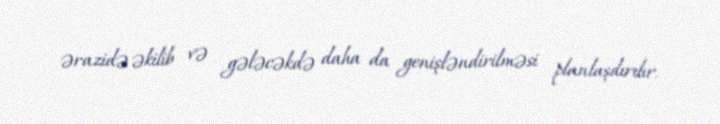
ərazidə əkilib və gələcəkdə daha da genişləndirilməsi planlaşdırılır.